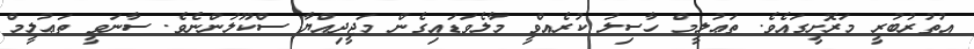
އުތުރުބުރީ މަރޮށީގައެވެ. ތަޢުލީމް ހާސިލު ކުރެއްވީ މާލެވަޑައިގެން މަޖީދިއްޔާ ސްކޫލުންނެވެ. ސާނަވީ ތަޢުލީމް